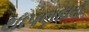
થાપણદારો